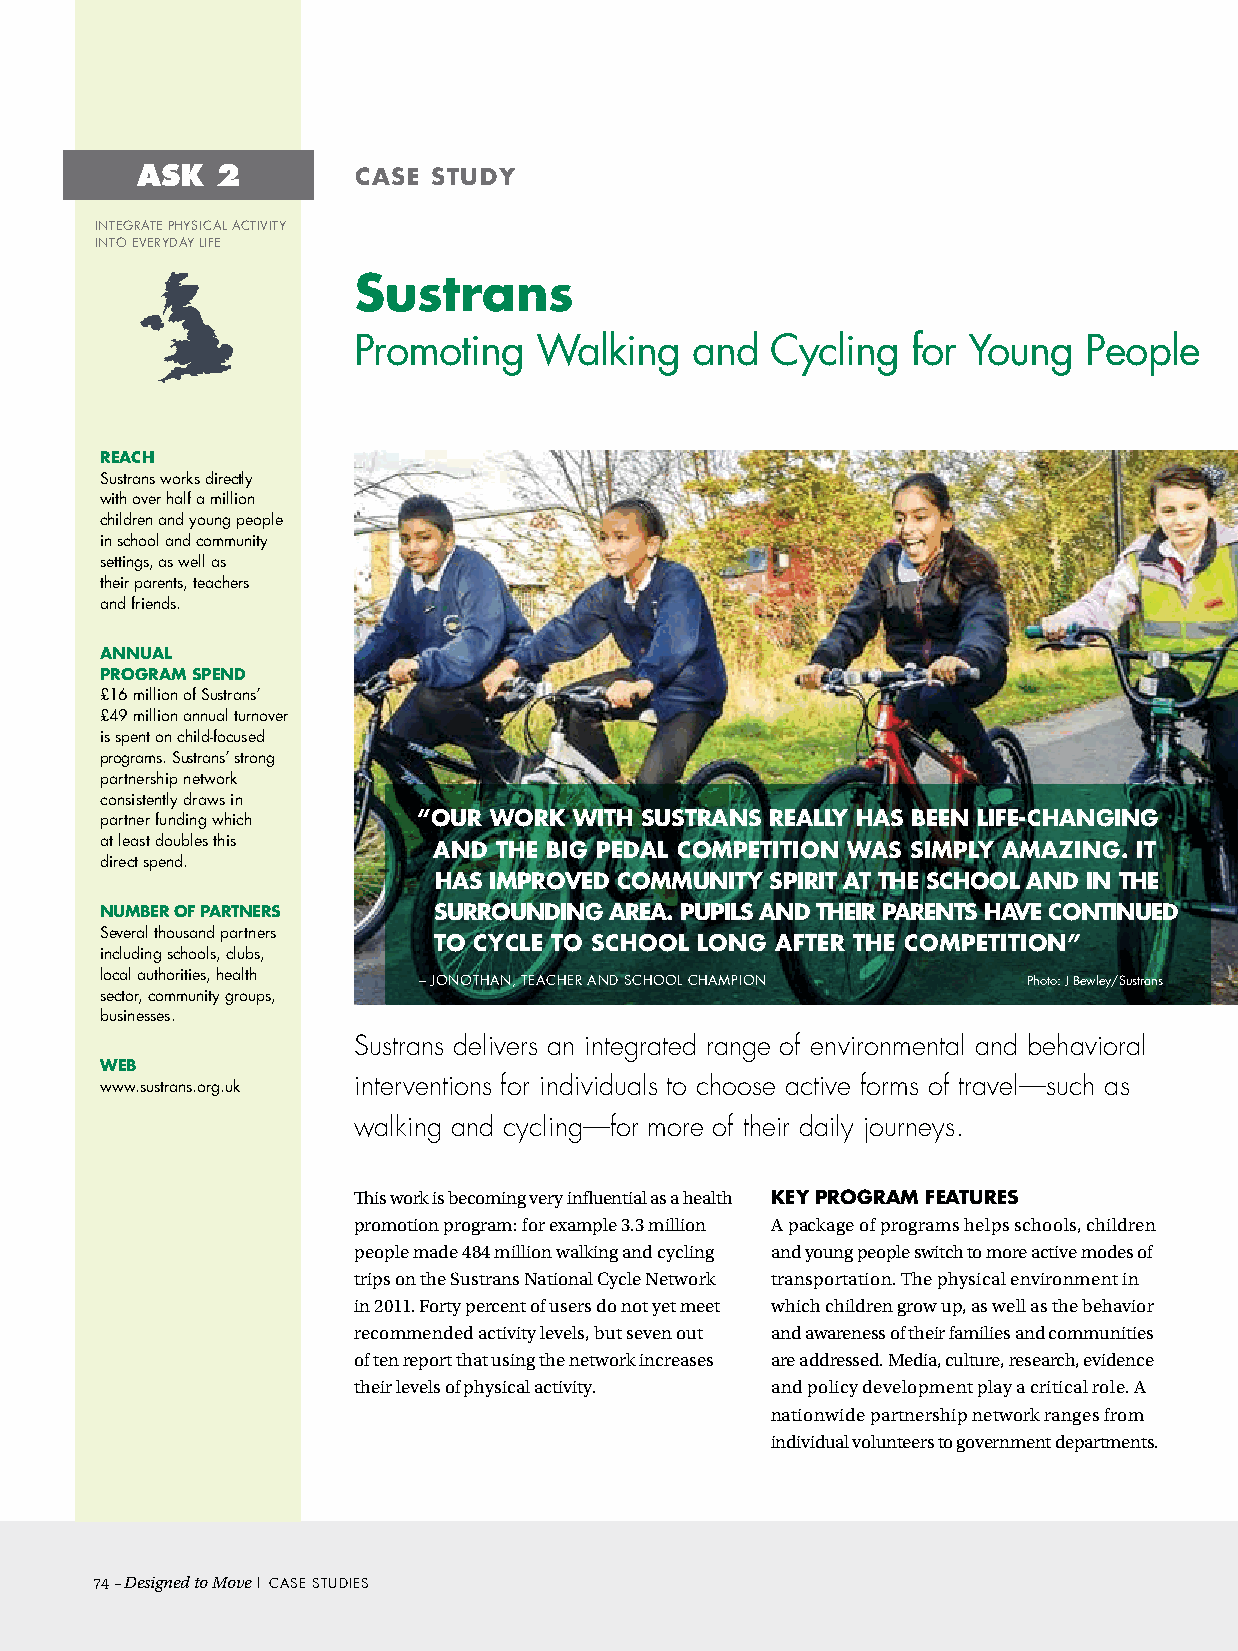
ASK  2        case  study
 inTeGRATe PhysicAL AcTiviTy
 inTO eveRydAy LiFe
 sustrans
 Promoting   Walking    and  cycling  for young   People
 ReacH
 sustrans works directly
 with over half a million
 children and young people
 in school and community
 settings, as well as
 their parents, teachers
 and friends.
 aNNuaL
 PROGRaM sPeNd
 £16 million of sustrans’
 £49 million annual turnover
 is spent on child-focused
 programs. sustrans’ strong
 partnership network
 consistently draws in
 partner funding which “OuR WORK WitH sustRaNs ReaLLy Has BeeN LiFe-cHaNGiNG
 at least doubles this
 aNd tHe BiG PedaL cOMPetitiON Was siMPLy aMaziNG. it
 direct spend.
 Has iMPROved cOMMuNity sPiRit at tHe scHOOL aNd iN tHe
 NuMBeR OF PaRtNeRs    suRROuNdiNG aRea. PuPiLs aNd tHeiR PaReNts Have cONtiNued
 several thousand partners
 tO cycLe tO scHOOL LONG aFteR tHe cOMPetitiON”
 including schools, clubs,
 local authorities, health
 – JOnOThAn, TeAcheR And schOOL chAMPiOn Photo: J Bewley/sustrans
 sector, community groups,
 businesses.
 Sustrans delivers an integrated range of environmental and behavioral
 WeB
 www.sustrans.org.uk interventions for individuals to choose active forms of travel—such as
 walking and cycling—for more of their daily journeys.
 This work is becoming very influential as a health Key PROGRaM FeatuRes
 promotion program: for example 3.3 million A package of programs helps schools, children
 people made 484 million walking and cycling and young people switch to more active modes of
 trips on the Sustrans National Cycle Network transportation. The physical environment in
 in 2011. Forty percent of users do not yet meet which children grow up, as well as the behavior
 recommended activity levels, but seven out and awareness of their families and communities
 of ten report that using the network increases are addressed. Media, culture, research, evidence
 their levels of physical activity. and policy development play a critical role. A
 nationwide partnership network ranges from
 individual volunteers to government departments.
 74– Designed to Move | cAse sTudies